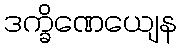
ဒက္ခိဏေယျေန